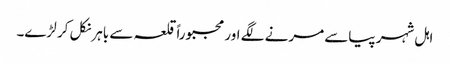
اہل شہر پیاسے مرنے لگے اور مجبوراً قلعہ سے باہر نکل کر لڑے۔